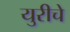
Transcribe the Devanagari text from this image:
युरीचे